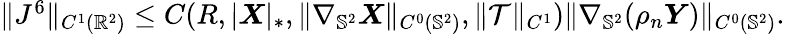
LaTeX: \begin{array}{r}{\| J^{6}\| _{C^{1}(\mathbb{R}^{2})}\leq C(R,|\boldsymbol{X}|_{*},\| \nabla_{\mathbb{S}^{2}}\boldsymbol{X}\| _{C^{0}(\mathbb{S}^{2})},\| \mathcal{T}\| _{C^{1}})\| \nabla_{\mathbb{S}^{2}}(\rho_{n}\boldsymbol{Y})\| _{C^{0}(\mathbb{S}^{2})}.}\end{array}